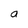
Character: a